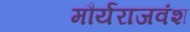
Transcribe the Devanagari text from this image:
मौर्यराजवंश